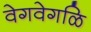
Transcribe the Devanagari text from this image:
वेगवेगळि